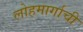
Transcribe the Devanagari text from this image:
लोहमार्गाची